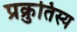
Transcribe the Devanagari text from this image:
प्रक्रुतिस्य